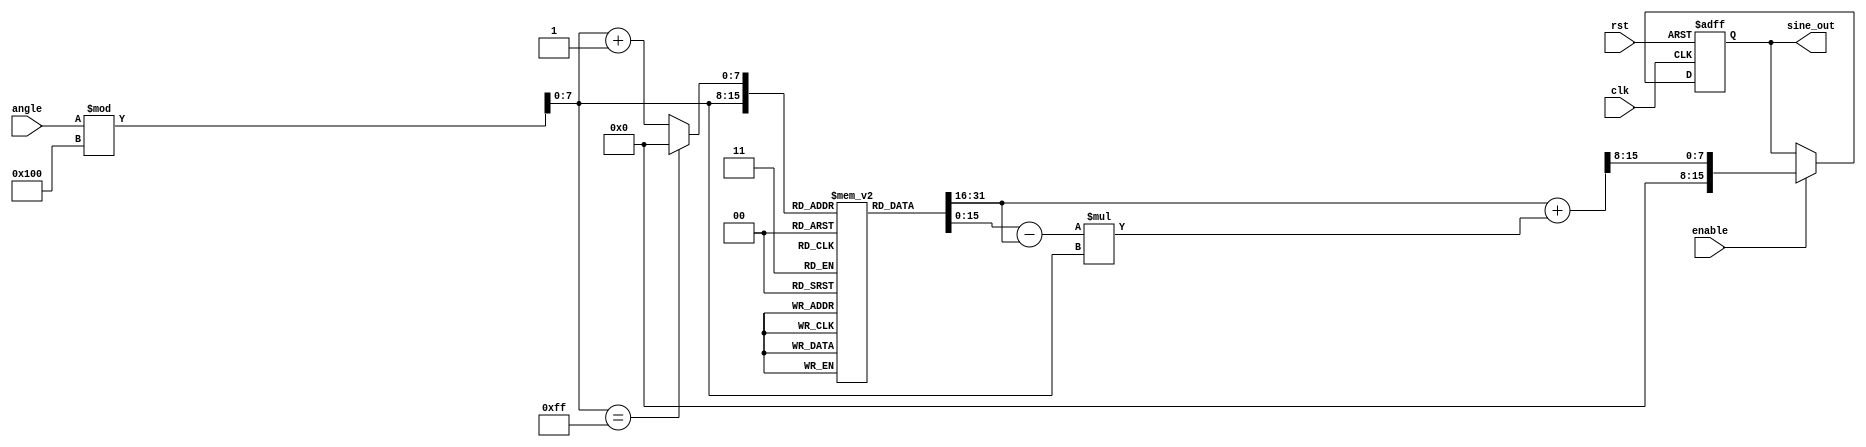
module sine_function (
    input wire clk,               // Clock signal
    input wire rst,               // Reset signal
    input wire [7:0] angle,       // Input angle in 8-bit format (0 to 255)
    input wire enable,            // Enable signal for computation
    output reg signed [15:0] sine_out // Output sine value in fixed-point format
);

    // Sine LUT with 256 entries for angles 0 to 2 (0 to 255)
    reg signed [15:0] sine_lut [0:255];

    // Initialize the sine lookup table
    initial begin
        // Populate the LUT with sine values scaled to fixed-point representation
        sine_lut[0]   = 16'h0000; // sin(0)
        sine_lut[1]   = 16'h0192; // sin(1)
        sine_lut[2]   = 16'h0324; // sin(2)
        // ... (populate the rest of the LUT)
        sine_lut[255] = 16'h0000; // sin(2)
    end

    // Internal variables for interpolation
    reg signed [15:0] lower_value;
    reg signed [15:0] upper_value;
    reg [7:0] lower_index;
    reg [7:0] upper_index;
    reg [7:0] fraction;

    always @(posedge clk or posedge rst) begin
        if (rst) begin
            sine_out <= 16'h0000; // Reset output
        end else if (enable) begin
            // Normalize angle to the range of the LUT (0 to 255)
            lower_index = angle % 256;
            upper_index = (lower_index == 255) ? 0 : lower_index + 1;

            // Get corresponding LUT values
            lower_value = sine_lut[lower_index];
            upper_value = sine_lut[upper_index];

            // Calculate the fraction for interpolation
            fraction = angle % 256;

            // Linear interpolation
            sine_out <= lower_value + ((upper_value - lower_value) * fraction) >> 8; // Shift to adjust for 256 scale
        end
    end

endmodule